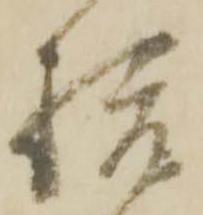
膳